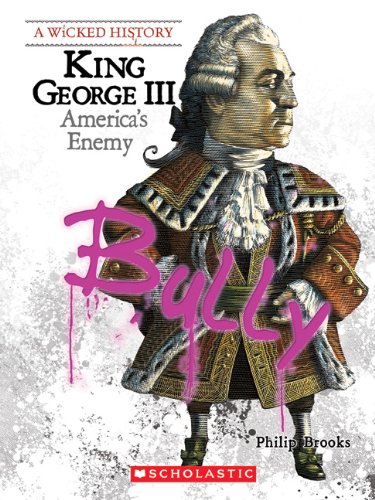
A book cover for King George III: America's Enemy (Wicked History); Philip Brooks; Teen & Young Adult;